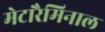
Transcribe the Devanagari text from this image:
मेटारैमिनाल